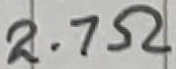
Text: 2.7Ω